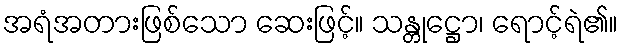
အရံအတားဖြစ်သော ဆေးဖြင့်။ သန္တုဋ္ဌော၊ ရောင့်ရဲ၏။